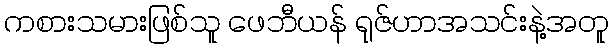
ကစားသမားဖြစ်သူ ဖေဘီယန် ရုဇ်ဟာအသင်းနဲ့အတူ